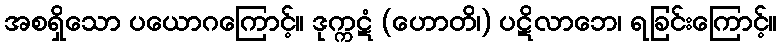
အစရှိသော ပယောဂကြောင့်။ ဒုက္ကဋံ (ဟောတိ၊) ပဋိလာဘေ၊ ရခြင်းကြောင့်။